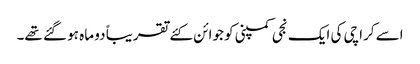
اسے کراچی کی ایک نجی کمپنی کو جوائن کئے تقریباً دو ماہ ہو گئے تھے۔